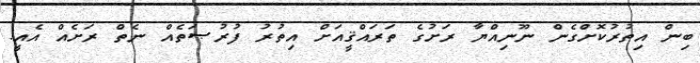
ބިން އިތުރުކޮށްގެން ނޫނިއްޔާ ރަށުގެ ތަރައްޤީއަށް އިތުރު ފުރުޞަތެއް ނެތް ރަށެއް އެއީ.